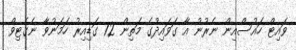
ވައިޓް ހައުސްއިން ނެރުނު އާ ގަވައިދުގެ މަތިން 72 ގަޑިއިރު ހަމަނުވާ ނެގެޓިވް